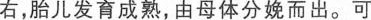
右，胎儿发育成熟，由母体分娩而出。可